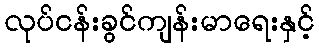
လုပ်ငန်းခွင်ကျန်းမာရေးနှင့်